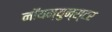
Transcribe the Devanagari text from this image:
नॉयम्युन्स्टर